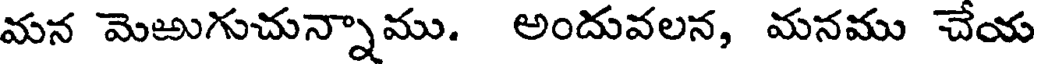
మన మెఱుగుచున్నాము. అందువలన, మనము చేయ